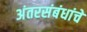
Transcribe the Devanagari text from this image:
अंतरसंबंधांचे